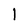
Character: l